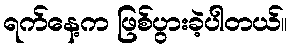
ရက်နေ့က ဖြစ်ပွားခဲ့ပါတယ်။